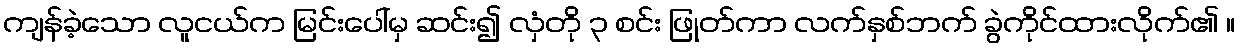
ကျန်ခဲ့သော လူငယ်က မြင်းပေါ်မှ ဆင်း၍ လှံတို ၃ စင်း ဖြုတ်ကာ လက်နှစ်ဘက် ခွဲကိုင်ထားလိုက်၏ ။